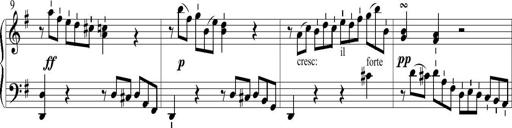
Title: 6 Leichte Sonatinen, Teil 1
Composer: F. Sigismund Sander